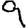
Digit: 9